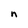
Character: n